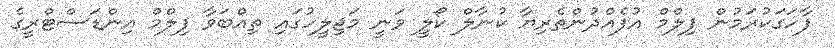
ފާހަގަކުރަމުން ފިލްމް އުފެއްދުންތެރިޔާ ކުނާލް ކޯލީ ވަނީ މަޖިލީހުގައި ތިއްބަވާ ފިލްމް އިންޑަސްޓްރީގެ